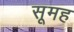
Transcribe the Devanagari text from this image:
सूमह